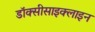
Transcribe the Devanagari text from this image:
डॉक्सीसाइक्लाइन